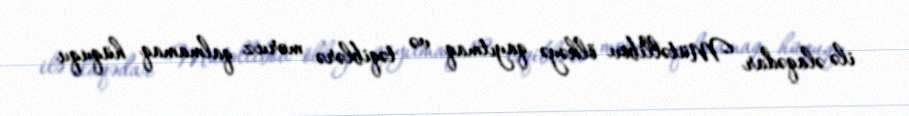
ilə əlaqədar Mütəllibov ölkəyə qayıtmaq və təqiblərə məruz qalmamaq hüququ